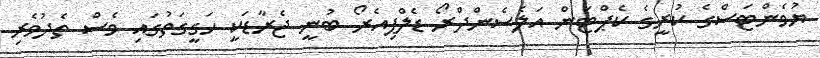
ޔުވެންޓަސްގެ ކުރީގެ ކެޕްޓަން އަލެސެންދްރޯ ޑެލްޕިއެރޯ ބުނީ ޖެރާޑަކީ ހަގީގަތުގައި ވެސް ތެދުވެރި